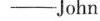
——John